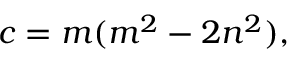
c = m ( m ^ { 2 } - 2 n ^ { 2 } ) ,